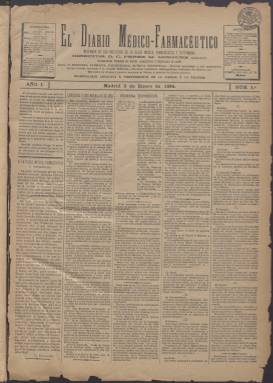
Título: El Diario médico-farmacéutico (Madrid. 1884)
Otros títulos: Diario médico farmacéutico
Colección: Medicina
Ámbito geográfico: Madrid
Lugar de publicación: Madrid
Fechas: 02/01/1884-30/11/1888